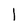
Character: I